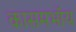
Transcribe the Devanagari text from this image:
कासमभॉय